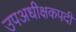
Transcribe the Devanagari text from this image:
उपअधीक्षकपदी